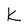
Character: k